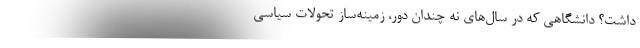
داشت؟ دانشگاهی که در سال‌های نه چندان دور، زمینه‌ساز تحولات سیاسی